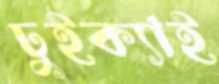
ঢুইক্যাই